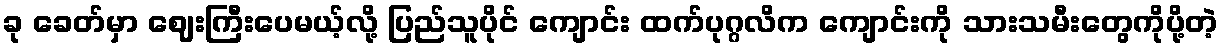
ခု ခေတ်မှာ ဈေးကြီးပေမယ့်လို့ ပြည်သူပိုင် ကျောင်း ထက်ပုဂ္ဂလိက ကျောင်းကို သားသမီးတွေကိုပို့တဲ့